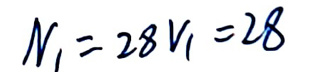
$N_{1}=28V_{1}=28$